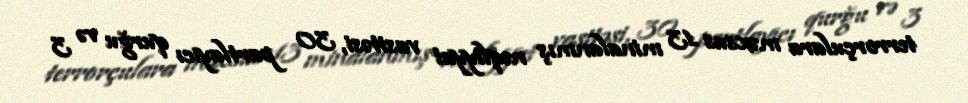
terrorçulara məxsus 13 minalanmış nəqliyyat vasitəsi, 30 partlayıcı qurğu və 3